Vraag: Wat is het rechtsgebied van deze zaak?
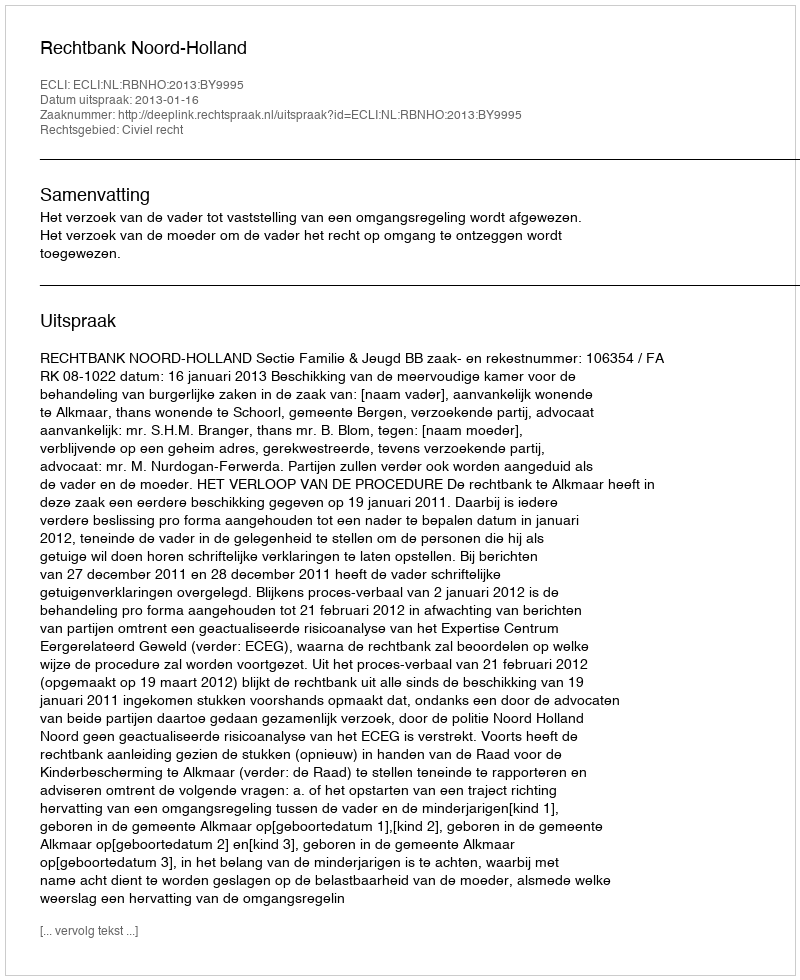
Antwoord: Civiel recht